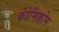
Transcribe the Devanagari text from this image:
कोमिक्रोम